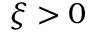
\xi > 0